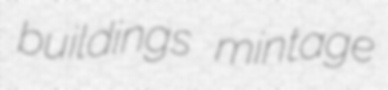
buildings mintage